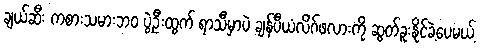
ချယ်ဆီး ကစားသမားဘဝ ပွဲဦးထွက် ရာသီမှာပဲ ချန်ပီယံလိဂ်ဖလားကို ဆွတ်ခူးနိုင်ခဲ့ပေမယ့်